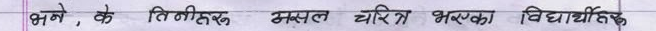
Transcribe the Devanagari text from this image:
ज्ञान, के तिनीहरू असल चरित्र भएका विद्यार्थी